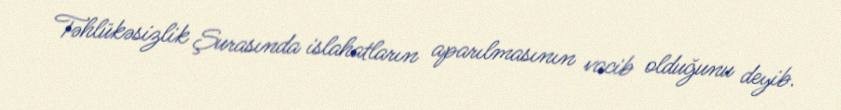
Təhlükəsizlik Şurasında islahatların aparılmasının vacib olduğunu deyib.